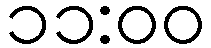
၁၁:၀၀